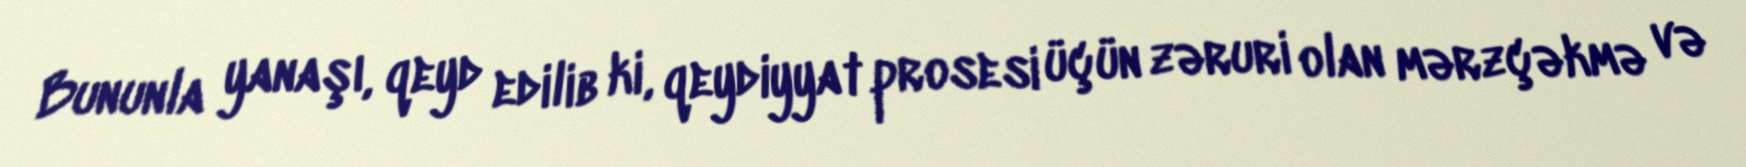
Bununla yanaşı, qeyd edilib ki, qeydiyyat prosesi üçün zəruri olan mərzçəkmə və